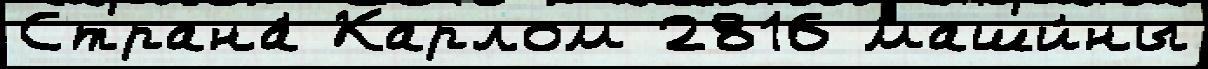
Страна́ Карлом 2816 маши́ны